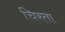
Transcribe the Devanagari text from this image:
चिरता